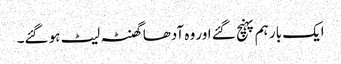
ایک بار ہم پہنچ گئے اور وہ آدھا گھنٹہ لیٹ ہو گئے۔